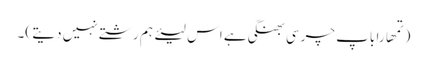
(تمھارا باپ چرسی بھنگی ہے اس لیئے ہم رشتے نہیں دیتے )۔